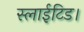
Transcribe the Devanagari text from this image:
स्लाईटिड।